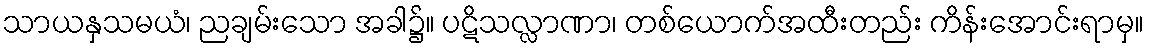
သာယနှသမယံ၊ ညချမ်းသော အခါ၌။ ပဋိသလ္လာဏာ၊ တစ်ယောက်အထီးတည်း ကိန်းအောင်းရာမှ။